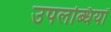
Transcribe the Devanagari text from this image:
उपलब्धियॉ